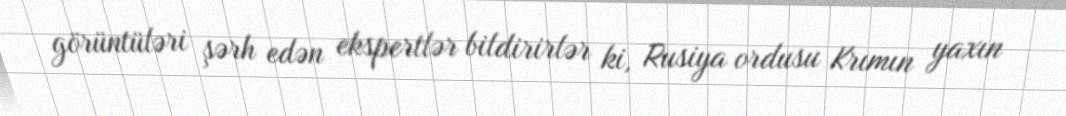
görüntüləri şərh edən ekspertlər bildirirlər ki, Rusiya ordusu Krımın yaxın